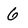
Character: 6